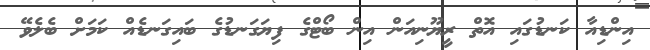
އިންޑިއާ ކަނޑުގައި އޮތް ރީޔޫނިއަން އިން ބޯޓްގެ ފިޔަގަނޑުގެ ބައިގަނޑެއް ކަމަށް ބެލެވޭ